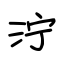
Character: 泞